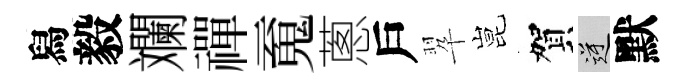
舄毅斕禪䰟蔥戶翆昆賀逆默